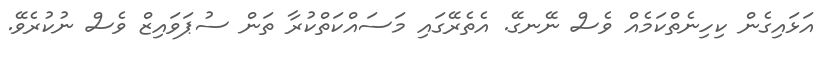
އަޅައިގެން ކިހިނެތްކަމެއް ވެސް ނޭނގޭ. އެތެރޭގައި މަސައްކަތްކުރާ ތަން ސުޕަވައިޒް ވެސް ނުކުރެވޭ.